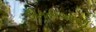
દીકરીઓએ